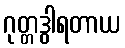
ဂုတ္တဒွါရတာယ